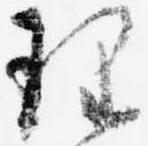
理